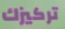
تركيزك